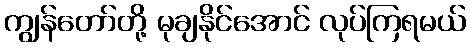
ကျွန်တော်တို့ မုချနိုင်အောင် လုပ်ကြရမယ်